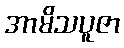
အာမိသပူဇာ